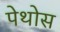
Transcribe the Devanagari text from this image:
पेथोस